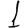
Digit: 1